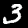
Label: 3